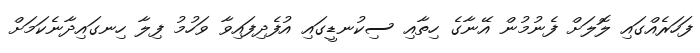
ފަހަރެއްގައި ލޮލަށް ފެނުމުން އޭނާގެ ހިތާއި ސިކުނޑީގައި އުފެދިފައިވާ ވަހުމު ފިލާ ހިނގައިދާނެކަމަށް